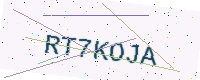
Text: RT7KOJA